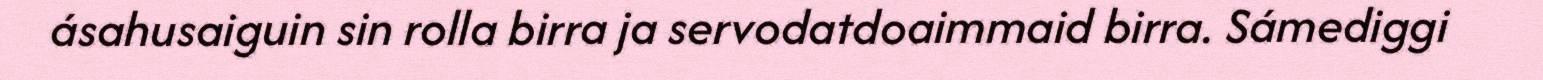
ásahusaiguin sin rolla birra ja servodatdoaimmaid birra. Sámediggi